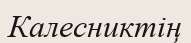
Калесниктің